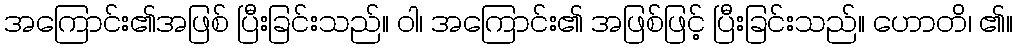
အကြောင်း၏အဖြစ် ပြီးခြင်းသည်။ ဝါ၊ အကြောင်း၏ အဖြစ်ဖြင့် ပြီးခြင်းသည်။ ဟောတိ၊ ၏။